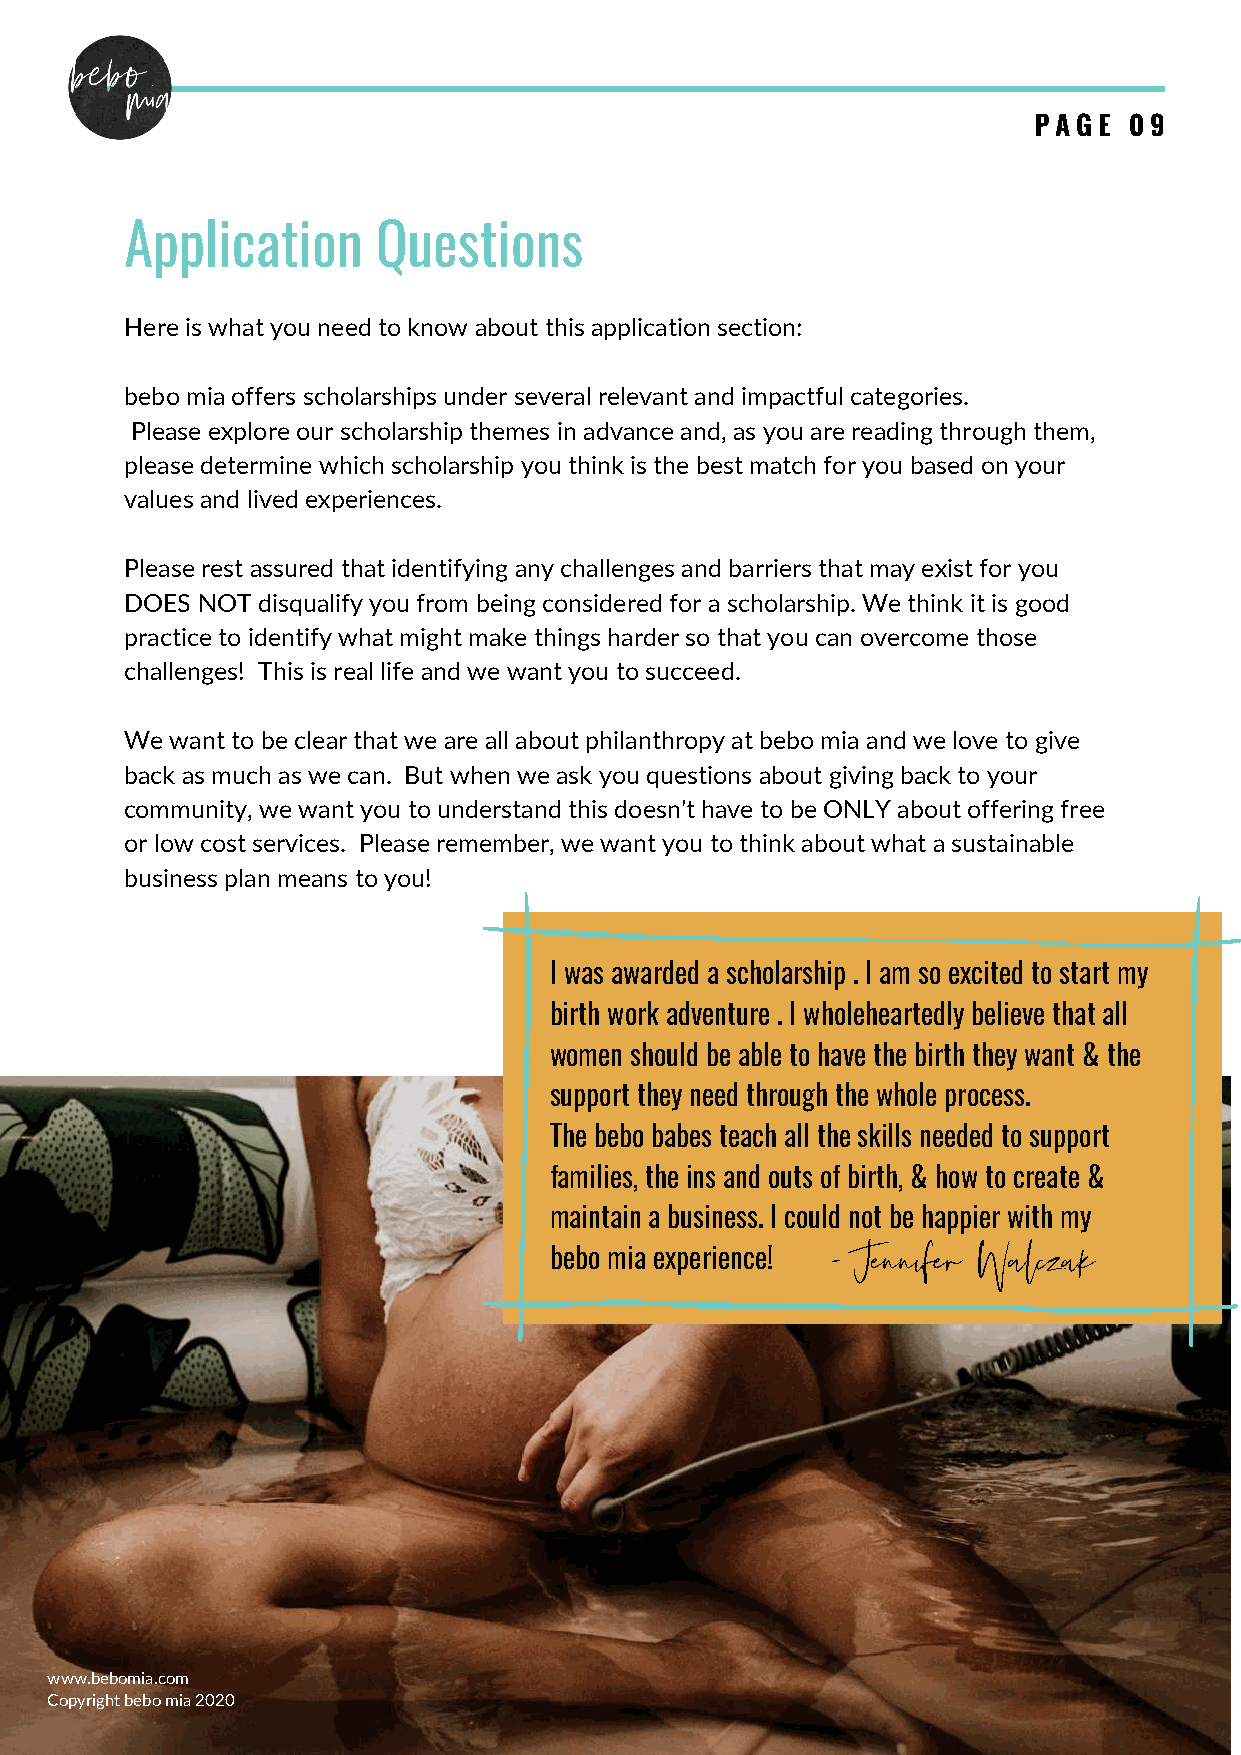
PAGE   09
 Application      Questions
 Here is what you need to know about this application section:
 bebo mia offers scholarships under several relevant and impactful categories.
 Please explore our scholarship themes in advance and, as you are reading through them,
 please determine which scholarship you think is the best match for you based on your
 values and lived experiences.
 Please rest assured that identifying any challenges and barriers that may exist for you
 DOES NOT disqualify you from being considered for a scholarship. We think it is good
 practice to identify what might make things harder so that you can overcome those
 challenges! This is real life and we want you to succeed.
 We want to be clear that we are all about philanthropy at bebo mia and we love to give
 back as much as we can. But when we ask you questions about giving back to your
 community, we want you to understand this doesn't have to be ONLY about offering free
 or low cost services. Please remember, we want you to think about what a sustainable
 business plan means to you!
 I was awarded a scholarship . I am so excited to start my
 birth work adventure . I wholeheartedly believe that all
 women should be able to have the birth they want & the
 support they need through the whole process.
 The bebo babes teach all the skills needed to support
 families, the ins and outs of birth, & how to create &
 maintain a business. I could not be happier with my
 bebo mia experience! - Jennifer Walczak
 www.bebomia.com
 Copyright bebo mia 2020